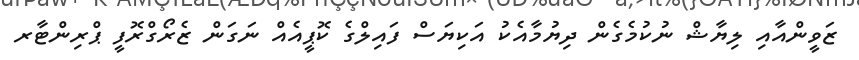
ޒަވީންއާއި ލިޔާޝް ނުކުމެގެން ދިޔުމާއެކު އަކިޔަސް ފައިލްގެ ކޮޕީއެއް ނަގަން ޒެރޯގްރޮފީ ޕްރިންޓާރ